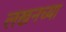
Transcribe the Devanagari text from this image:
लखनच्या